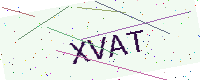
Text: XVAT